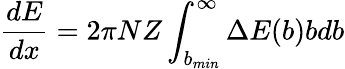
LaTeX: {\frac{dE}{dx}}=2\pi NZ\int_{b_{min}}^{\infty}\Delta E(b)bdb